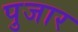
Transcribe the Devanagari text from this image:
पुजार